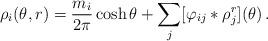
LaTeX: \begin{align*}\rho _{i}(\theta ,r)=\frac{m_{i}}{2\pi }\cosh \theta+\sum\limits_{j}[\varphi _{ij}\ast \rho _{j}^{r}](\theta )\,. \end{align*}